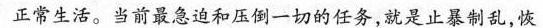
正常生活。当前最急迫和压倒一切的任务，就是止暴制乱，恢